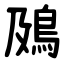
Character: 䲯